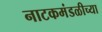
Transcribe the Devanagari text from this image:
नाटकमंडळीच्या